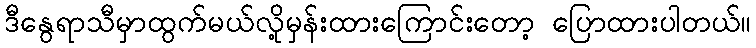
ဒီနွေရာသီမှာထွက်မယ်လို့မှန်းထားကြောင်းတော့ ပြောထားပါတယ်။